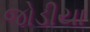
જોડીયા